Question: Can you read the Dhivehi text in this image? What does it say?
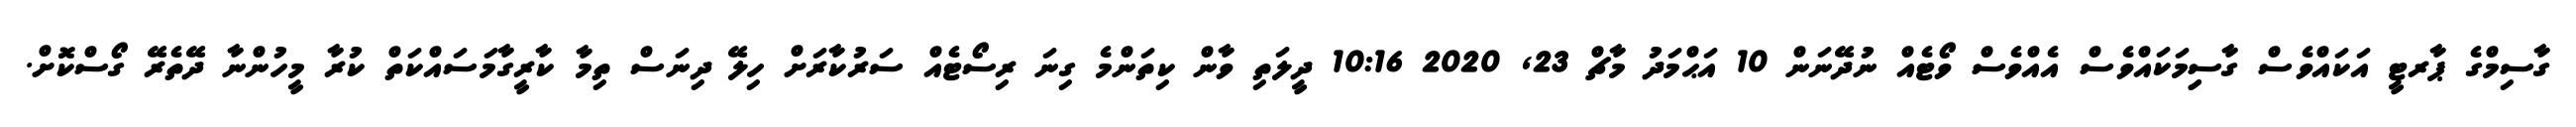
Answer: ގާސިމްގެ ޕާރޓީ އަކައްވެސް ގާސިިމަކައްވެސް އެއްވެސް ވޯޓެއް ނުދޭނަން 10 އަޙްމަދު މާޗް 23, 2020 10:16 ދީލަތި ވާން ކިތަންމެ ގިނަ ރިސޯޓެއް ސަރުކާރަށް ހިލޭ ދިނަސް ތިމާ ކާރީގާމަސައްކަތް ކުރާ މީހުންނާ ދޭތެރޭ ގޯސްކޮށް.